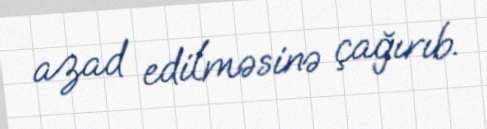
azad edilməsinə çağırıb.